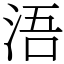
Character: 浯